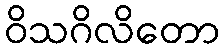
ဝိသဂိလိတော